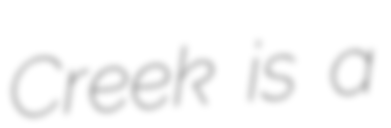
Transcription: Creek is a